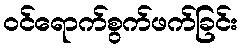
ဝင်ရောက်စွက်ဖက်ခြင်း